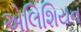
એલિશિયન